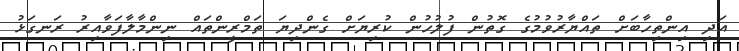
އަދި އިންތިހާބަށް ތައްޔާރުވުމުގެ ގޮތުން ފުލުހުން ކުރިޔަށް ގެންދިޔަ ތަމްރީންތައް ނިންމާލާފަވާއިރު ރަނގަޅު